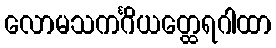
လောမသကင်္ဂိယတ္ထေရဂါထာ